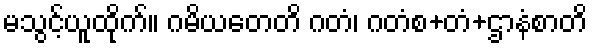
မသွင့်ယူထိုက်။ ဂမိယတေတိ ဂတံ၊ ဂတံစ+တံ+ဌာနံစာတိ